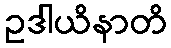
ဥဒါယိနာတိ